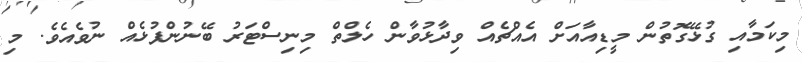
މިކަމާއި ގުޅޭގޮތުން މީޑިއާއަށް އެއްޗެއް ވިދާޅުވާން ހެލްތް މިނިސްޓަރު ބޭނުންފުޅެއް ނުވެއެވެ. މި